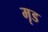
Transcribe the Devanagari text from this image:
मृड